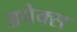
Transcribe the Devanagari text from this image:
अपेक्स